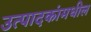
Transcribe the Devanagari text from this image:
उत्पादकांमधील